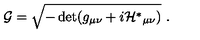
{ \cal G } = \sqrt { - \det ( g _ { \mu \nu } + i { \cal H } ^ { * } { } _ { \mu \nu } ) } \ .